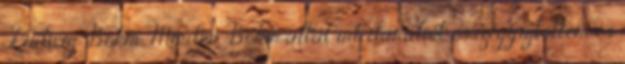
Ludwig Böhm: Minden Böhm által írt darabot összegyűjtöttem és